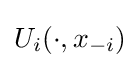
U_{i}(\cdot ,x_{-i})